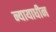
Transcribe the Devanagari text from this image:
न्यायाधीन